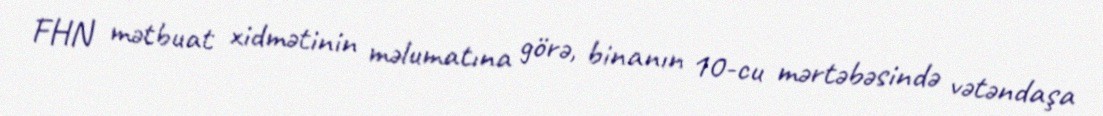
FHN mətbuat xidmətinin məlumatına görə, binanın 10-cu mərtəbəsində vətəndaşa